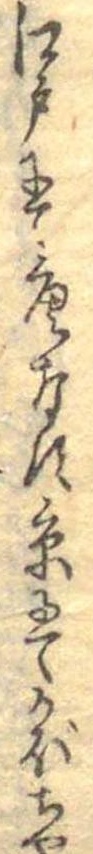
江戸にて唐なす京にてかぼちや